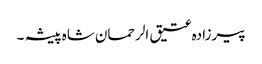
پیرزادہ عتیق الرحمان شاہ پیشہ ۔